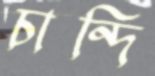
চান্দি